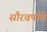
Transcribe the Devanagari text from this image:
सौरवर्षाचे